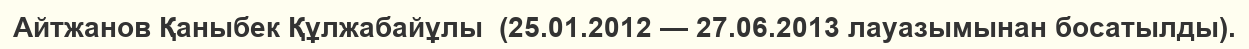
Айтжанов Қаныбек Құлжабайұлы  (25.01.2012 — 27.06.2013 лауазымынан босатылды).